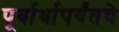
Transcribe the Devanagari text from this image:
पूर्वार्धापर्यंतचे